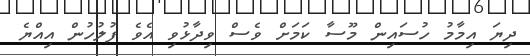
ދިޔަ އިމާމު ހުސައިން މޫސާ ކަމަށް ވެސް ވިދާޅުވި އެވެ ފުލުހުން އިއްޔެ